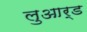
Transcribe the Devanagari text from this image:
लुआर्ड